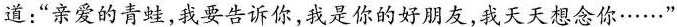
道：“亲爱的青蛙，我要告诉你，我是你的好朋友，我天天想念你·····”